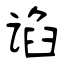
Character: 谄